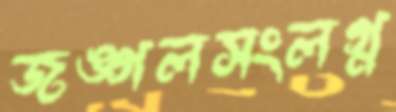
জঙ্গলসংলগ্ন